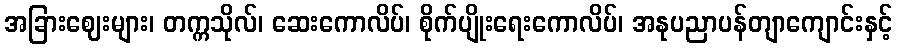
အခြားဈေးများ၊ တက္ကသိုလ်၊ ဆေးကောလိပ်၊ စိုက်ပျိုးရေးကောလိပ်၊ အနုပညာပန်တျာကျောင်းနှင့်